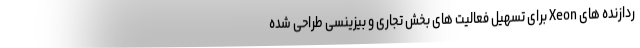
ردازنده های Xeon برای تسهیل فعالیت های بخش تجاری و بیزینسی طراحی شده